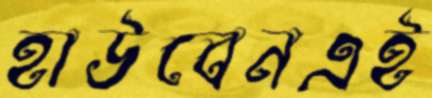
হাউবেনএই